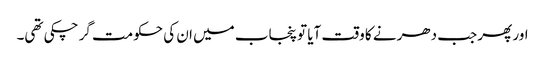
اور پھر جب دھرنے کا وقت آیا تو پنجاب میں ان کی حکومت گر چکی تھی۔